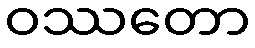
ဝဿတော